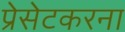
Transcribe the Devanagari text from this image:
प्रेसेटकरना